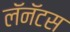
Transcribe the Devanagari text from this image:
लॅनॅटस